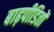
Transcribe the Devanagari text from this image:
बाढ़पीडितों